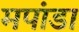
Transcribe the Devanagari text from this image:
मपांडा